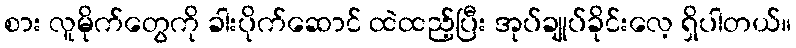
စား လူမိုက်တွေကို ခါးပိုက်ဆောင် ထဲထည့်ပြီး အုပ်ချုပ်ခိုင်းလေ့ ရှိပါတယ်။